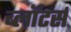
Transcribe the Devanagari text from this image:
ब्लॉटर्स